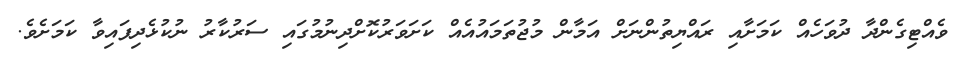
ވެއްޓިގެންދާ ދުވަހެއް ކަމަށާއި ރައްޔިތުންނަށް އަމާން މުޖުތަމައުއެއް ކަށަވަރުކޮށްދިނުމުގައި ސަރުކާރު ނުކުޅެދިފައިވާ ކަމަށެވެ.